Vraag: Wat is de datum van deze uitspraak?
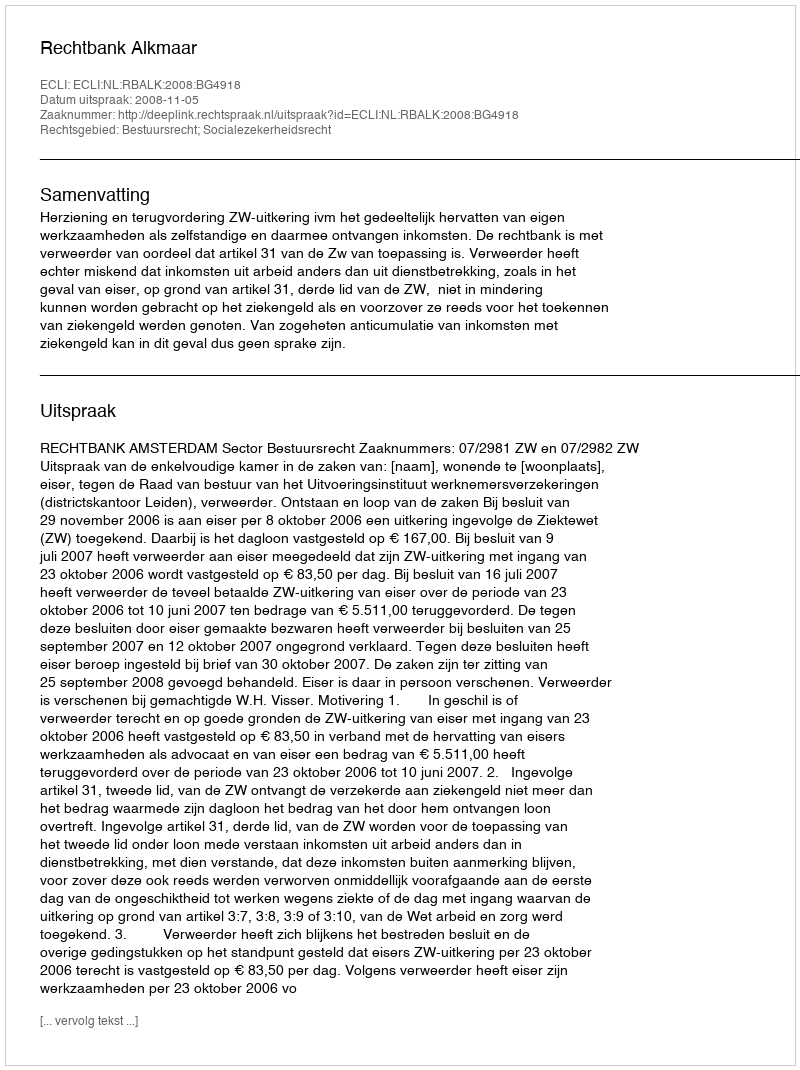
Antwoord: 2008-11-05